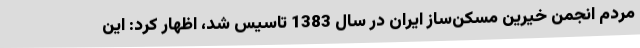
مردم انجمن خیرین مسکن‌ساز ایران در سال 1383 تاسیس شد، اظهار کرد: این